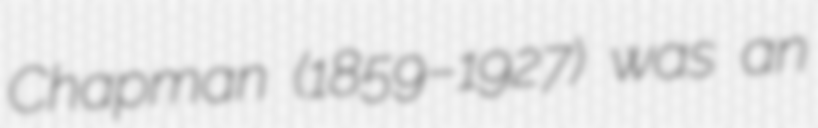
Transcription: Chapman (1859–1927) was an